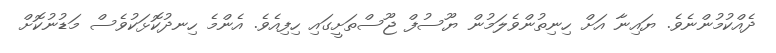
ދެއްކުމުންނެވެ. ޔައިނާ އަށް ހިނިތުންވެލަމުން ޔޫސުފް ޖޫސްތަށީގައި ހިފިއެވެ. އެންމެ ހިނދުކޮޅަކުވެސް މަޑުނުކޮށް